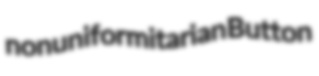
nonuniformitarian Button